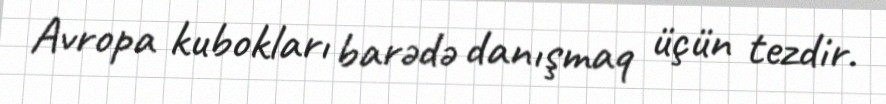
Avropa kubokları barədə danışmaq üçün tezdir.